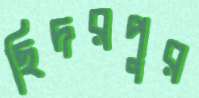
ছিদরপুর